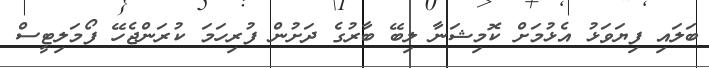
ބަލައި ފިޔަވަޅު އެޅުމަށް ކޮމިޝަނާ ލިބޭ ބާރުގެ ދަށުން ފުރިހަމަ ކުރަންޖެހޭ ފޯމަލިޓީސް